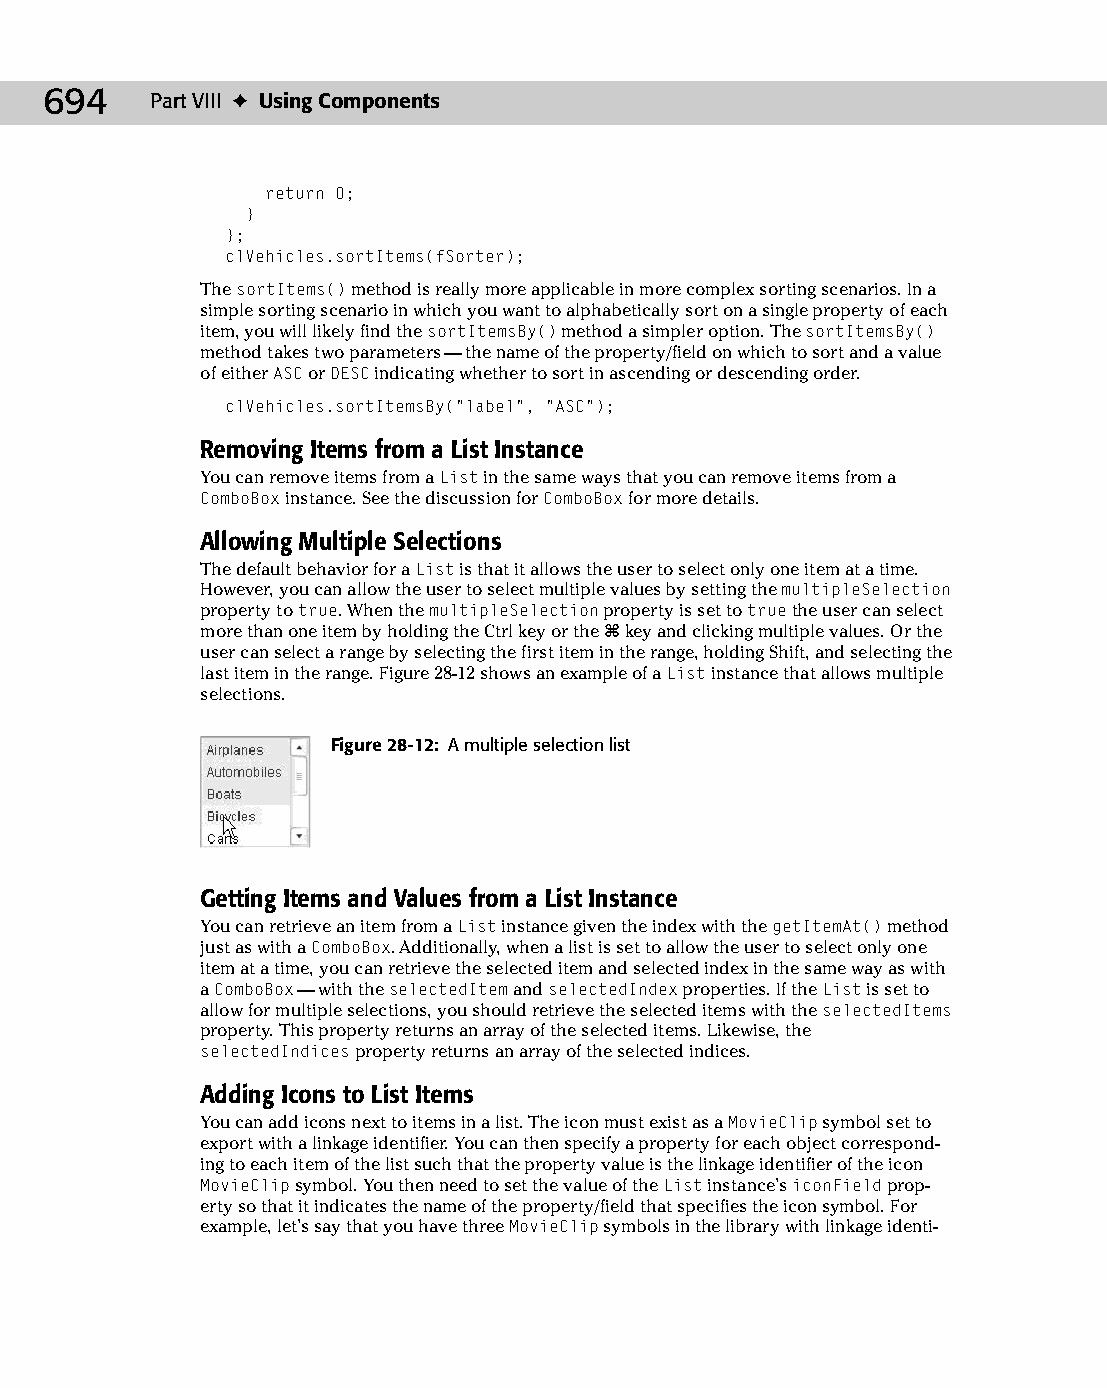
37 543547 ch28.qxd 3/24/04 4:08 PM Page 694
 694    Part VIII ✦ Using Components
 return 0;
 }
 };
 clVehicles.sortItems(fSorter);
 The sortItems() method is really more applicable in more complex sorting scenarios. In a
 simple sorting scenario in which you want to alphabetically sort on a single property of each
 item, you will likely find the sortItemsBy() method a simpler option. The sortItemsBy()
 method takes two parameters — the name of the property/field on which to sort and a value
 of either ASC or DESC indicating whether to sort in ascending or descending order.
 clVehicles.sortItemsBy(“label”, “ASC”);
 Removing Items from a List Instance
 You can remove items from a List in the same ways that you can remove items from a
 ComboBox instance. See the discussion for ComboBox for more details.
 Allowing Multiple Selections
 The default behavior for a List is that it allows the user to select only one item at a time.
 However, you can allow the user to select multiple values by setting the multipleSelection
 property to true. When the multipleSelection property is set to true the user can select
 more than one item by holding the Ctrl key or the Ô key and clicking multiple values. Or the
 user can select a range by selecting the first item in the range, holding Shift, and selecting the
 last item in the range. Figure 28-12 shows an example of a List instance that allows multiple
 selections.
 Figure 28-12: A multiple selection list
 Getting Items and Values from a List Instance
 You can retrieve an item from a List instance given the index with the getItemAt() method
 just as with a ComboBox. Additionally, when a list is set to allow the user to select only one
 item at a time, you can retrieve the selected item and selected index in the same way as with
 a ComboBox— with the selectedItem and selectedIndex properties. If the List is set to
 allow for multiple selections, you should retrieve the selected items with the selectedItems
 property. This property returns an array of the selected items. Likewise, the
 selectedIndices property returns an array of the selected indices.
 Adding Icons to List Items
 You can add icons next to items in a list. The icon must exist as a MovieClip symbol set to
 export with a linkage identifier. You can then specify a property for each object correspond­
 ing to each item of the list such that the property value is the linkage identifier of the icon
 MovieClip symbol. You then need to set the value of the List instance’s iconField prop­
 erty so that it indicates the name of the property/field that specifies the icon symbol. For
 example, let’s say that you have three MovieClip symbols in the library with linkage identi­